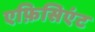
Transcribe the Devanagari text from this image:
एफ़िसिएंट